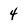
Character: 4